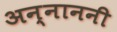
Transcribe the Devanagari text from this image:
अन्नाननी